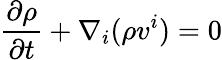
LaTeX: \frac{\partial\rho}{\partial t}+\nabla_{i}(\rho v^{i})=0